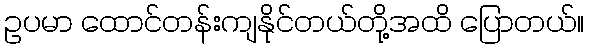
ဥပမာ ထောင်တန်းကျနိုင်တယ်တို့အထိ ပြောတယ်။